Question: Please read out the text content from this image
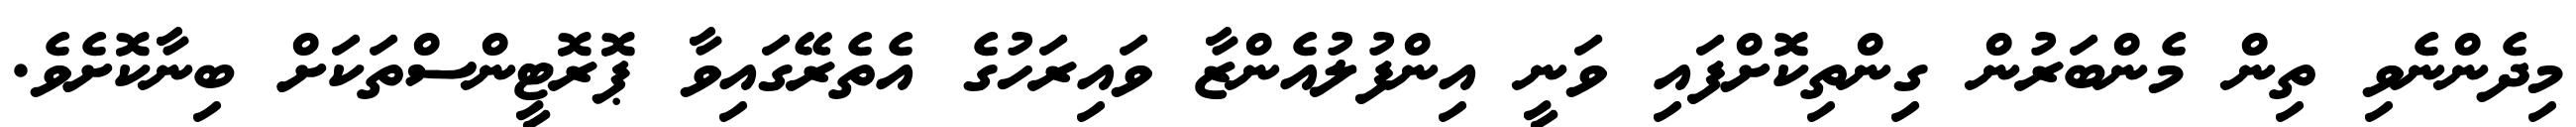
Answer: މިދެންނެވި ތިން މެންބަރުން ގިންތިކޮށްފައި ވަނީ އިންފުލުއެންޒާ ވައިރަހުގެ އެތެރޭގައިވާ ޕޮރޮޓީންސްތަކަށް ބިނާކޮށެވެ.